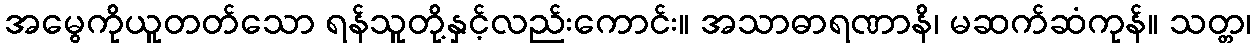
အမွေကိုယူတတ်သော ရန်သူတို့နှင့်လည်းကောင်း။ အသာဓာရဏာနိ၊ မဆက်ဆံကုန်။ သတ္တ၊